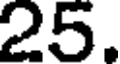
25.